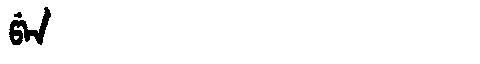
Manchu: ᡦᡝᠨ
Romanization: PEN